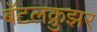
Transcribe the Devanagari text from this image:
बॅटलक्रुझर